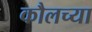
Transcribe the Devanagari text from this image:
कौलच्या